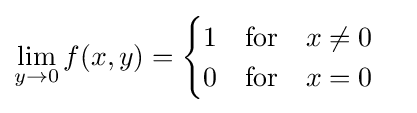
\lim _{y\to 0}f(x,y)={\begin{cases}1\quad {\text{for}}\quad x\neq 0\\0\quad {\text{for}}\quad x=0\end{cases}}